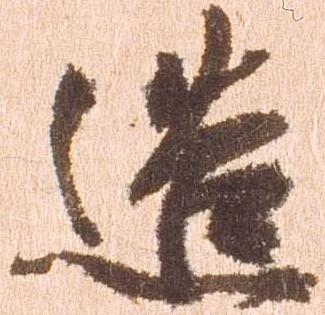
造